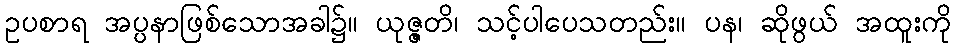
ဥပစာရ အပ္ပနာဖြစ်သောအခါ၌။ ယုဇ္ဇတိ၊ သင့်ပါပေသတည်း။ ပန၊ ဆိုဖွယ် အထူးကို